Leaving Certificate Examination, 1925
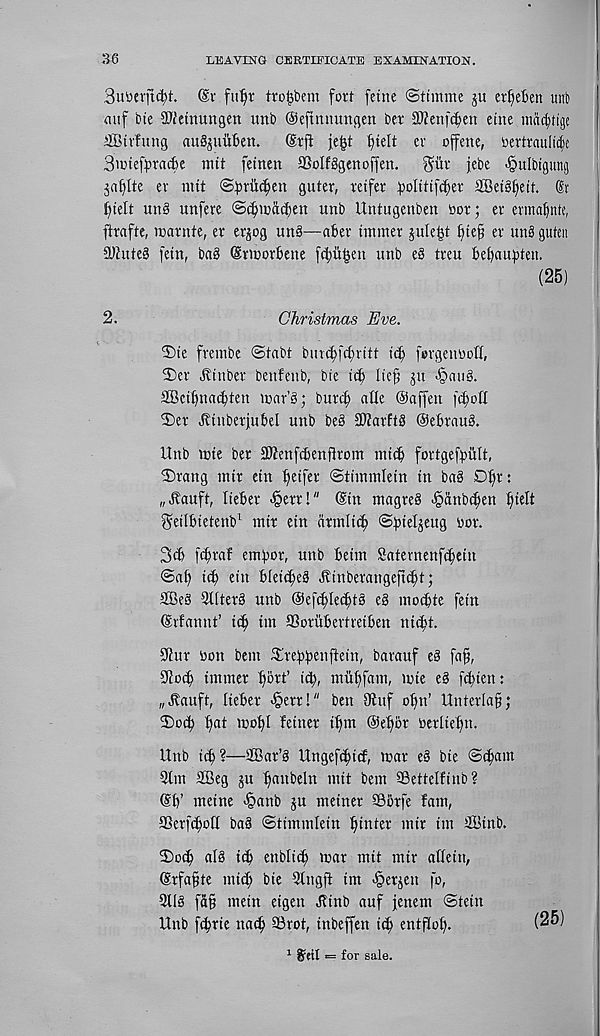
36
LEAVING CERTIFICATE EXAMINATION.
3uDcrfic^t. (Sv fu^r tro^bem fort fetne ©tt'mme ju erfieben unb
mtf bte SO'Jetnungett unb Oeftmmngen bet Sftenfdjen etne mdc^tige
SBtvfung augjutoen.
Srft fe^t fitelt cv offene, oertraultd'e
Siotef^racfce ntit fetnen SBoIfggenoffen.
^iir jebe -§ulbtgung
ev ntit @t»mc^en guter, retfer ^olittfc^er 2Bet^ctt. @r
flielt un§ unfere ©f^indcbett unb Untugenben nor; er ermafjnte,
ftrafte, roarnte, cr erjog ung—abet intmer jule^t
er mt§ guten
a)htteS fern, bag Srtnorbene fcfiu^en unb eg treu bebaupten.
(25)
2.
Christmas Eve.
$)te frembe @tabt Diucbicimtt ict) fergenuoU,
2)er it tuber benfenb, bte t^ lte§ ju >§atig.
SBcibnacbten tcar’g; burcf) aQe Oaffen (cbofl
2)er Jbtnberjubel unb beg SWarftg Oebraug.
Unb njte ber SKenfcbenjtrom mteb fortgef^iitt,
2)rang tntr etn fietfer ©timmletn in bag D^r:
„Jtauft, Iteber Jperr!" Sin magreg Jpdnbt^en ^ielt
^eilbietenb 1 mir ein drmlic^ ©ilieljeug nor.
3$ fcbraf ember, unb beim Satevnenf(|etn
©ab
etn bleit^eg JUnberangeftcbt;
SBeg 5l(terg unb ©eftbleifttg eg motbte fetn
Srfannt’ i<b tin SSorubertreiben niebt.
9iur bon bent £rebbettfiein, barauf eg fa^,
9iotb imtner bert’ ttb, miibfam, tme eg ftbien:
„^auft, lieber >§err!" ben Otuf obn’ Unterlag;
2)otb b a i wobl feiner tbnt ©ebbr berltebn.
Unb icb ?—2Bar’g Ungeftbicf, tear eg bte ©(bant
9im SBeg ju b^itbeln ntit bent SSettelfinb?
Sb’ meine <§anb ju meiner 93brfe fam,
ffierfiboti bag ©timmlein better mir tin SBinb.
2)o(b alg i^ enblieb mar mit mir aftein,
Srfa§te miib bte QIngfi im Jperjeu fo,
3llg fa^ mein eigen Jbtnb auf fettem ©tein
Unb febrie natb ©rot, inbeffen t^ entfiob.
1 Sett = for sale.